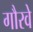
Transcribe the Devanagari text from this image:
गौरवे